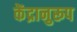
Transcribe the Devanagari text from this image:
केंद्रानुरूप